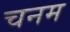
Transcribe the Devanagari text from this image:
चनम